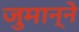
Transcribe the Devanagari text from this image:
जुमान्ने